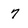
Character: 7